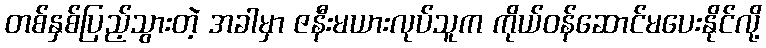
တစ်နှစ်ပြည့်သွားတဲ့ အခါမှာ ဇနီးမယားလုပ်သူက ကိုယ်ဝန်ဆောင်မပေးနိုင်လို့